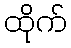
ထိုက်